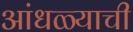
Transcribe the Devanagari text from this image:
आंधळ्याची